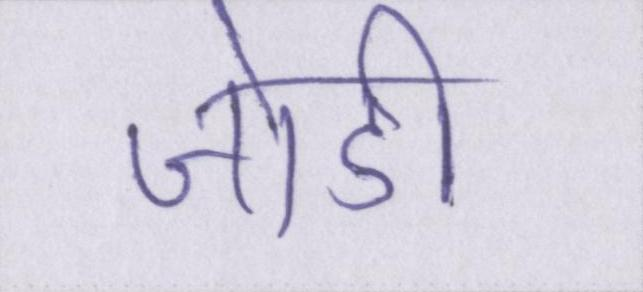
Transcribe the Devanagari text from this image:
जोडी